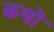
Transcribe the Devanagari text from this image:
कथों